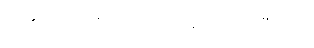
အခုတော့ မင်း ငါ့ကျေးဇူးကို သိပြီလား